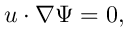
{ \boldsymbol { u } } \cdot \nabla \Psi = 0 ,